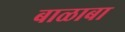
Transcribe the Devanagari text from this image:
बाळाबा